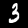
Label: 3